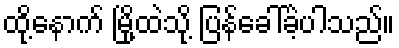
ထို့နောက် မြို့ထဲသို့ ပြန်ခေါ်ခဲ့ပါသည်။